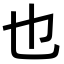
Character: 也